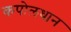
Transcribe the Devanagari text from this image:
कपोलधान